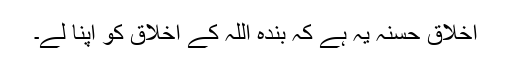
اخلاق حسنہ یہ ہے کہ بندہ اللہ کے اخلاق کو اپنا لے۔